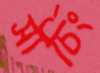
সার্চিং